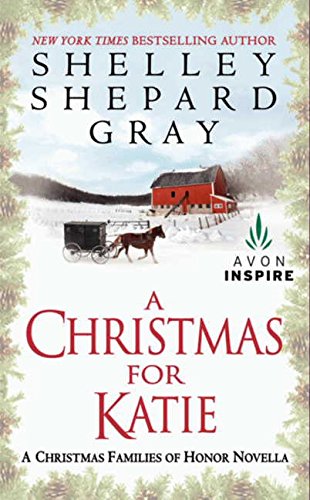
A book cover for A Christmas for Katie: A Christmas Families of Honor Novella (A Families of Honor Novella); Shelley Shepard Gray; Christian Books & Bibles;